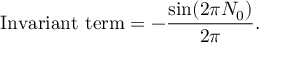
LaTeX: \mathrm { I n v a r i a n t ~ t e r m } = - \frac { \sin ( 2 \pi N _ { 0 } ) } { 2 \pi } .